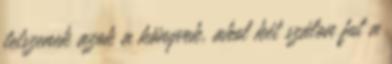
tetszenek azok a könyvek, ahol két szálon fut a